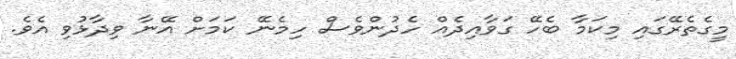
މީގެތެރޭގައި މިކަމާ ބެހޭ ގަވާއިދެއް ހެދުންވެސް ހިމެނޭ ކަމަށް އޭނާ ވިދާޅުވި އެވެ.